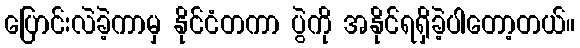
ပြောင်းလဲခဲ့ကာမှ နိုင်ငံတကာ ပွဲကို အနိုင်ရရှိခဲ့ပါတော့တယ်။